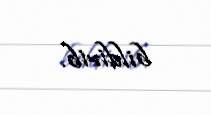
bildirib.